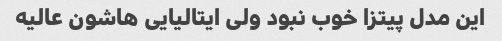
این مدل پیتزا خوب نبود ولی ایتالیایی هاشون عالیه